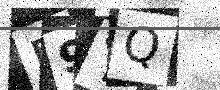
Text: P9YQ